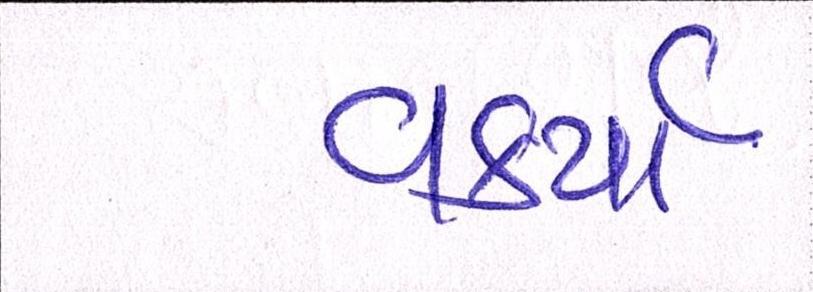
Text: વકર્યો